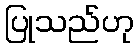
ပြုသည်ဟု